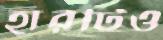
হারটিও